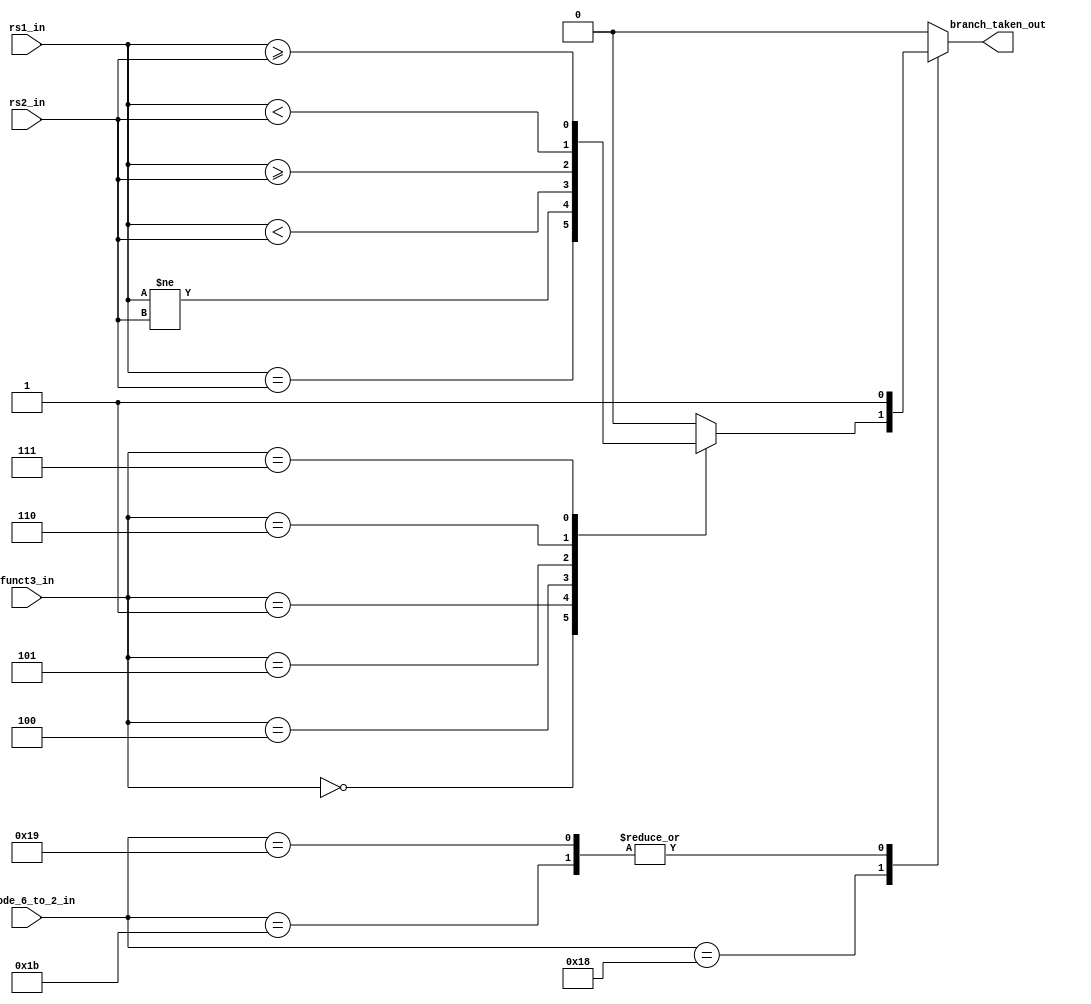
module msrv_32_branch_unit(input wire  [31:0] rs1_in,
		   input wire  [31:0] rs2_in,
		   input wire[6:2] opcode_6_to_2_in,
		   input wire [2:0]funct3_in,
		   output reg branch_taken_out);
parameter brn=5'b11000,
	  jal=5'b11011,
	  jalr=5'b11001;
always@(*)
begin
case(opcode_6_to_2_in)
brn:begin
	case(funct3_in)

         3'b000:branch_taken_out=(rs1_in == rs2_in);
         3'b001:branch_taken_out=(rs1_in != rs2_in);
         3'b100:branch_taken_out=($signed(rs1_in)   <  $signed(rs2_in));
         3'b101:branch_taken_out=($signed(rs1_in)   >= $signed(rs2_in));
         3'b110:branch_taken_out=($unsigned(rs1_in) <  $unsigned(rs2_in));
         3'b111:branch_taken_out=($unsigned(rs1_in) >= $unsigned (rs2_in));
         default: branch_taken_out=1'b0;
         endcase
	 end
jal: branch_taken_out=1'b1;
jalr:branch_taken_out=1'b1;
default: branch_taken_out=1'b0;
endcase
end	

endmodule